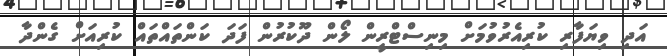
އަދި ވިޔަފާރި ކުރިއެރުވުމަށް މިނިސްޓްރީން ލޯން ދޫކުރުން ފަދަ ކަންތައްތައް ކުރިއަށް ގެންދާ